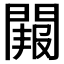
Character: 𮤑